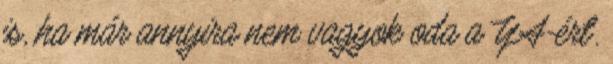
is, ha már annyira nem vagyok oda a YA-ért.